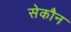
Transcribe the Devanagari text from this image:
सेकौन